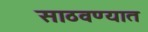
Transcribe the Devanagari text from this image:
साठवण्यात